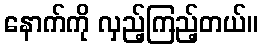
နောက်ကို လှည့်ကြည့်တယ်။